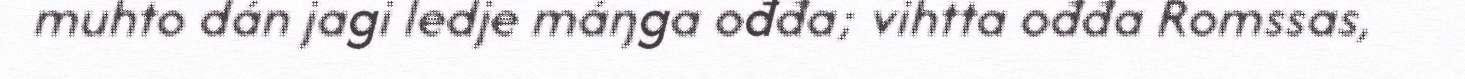
muhto dán jagi ledje máŋga ođđa; vihtta ođđa Romssas,